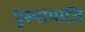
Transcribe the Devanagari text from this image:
पुस्पांमाजि